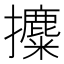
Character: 攗